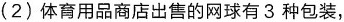
(2)体育用品商店出售的网球有3种包装，